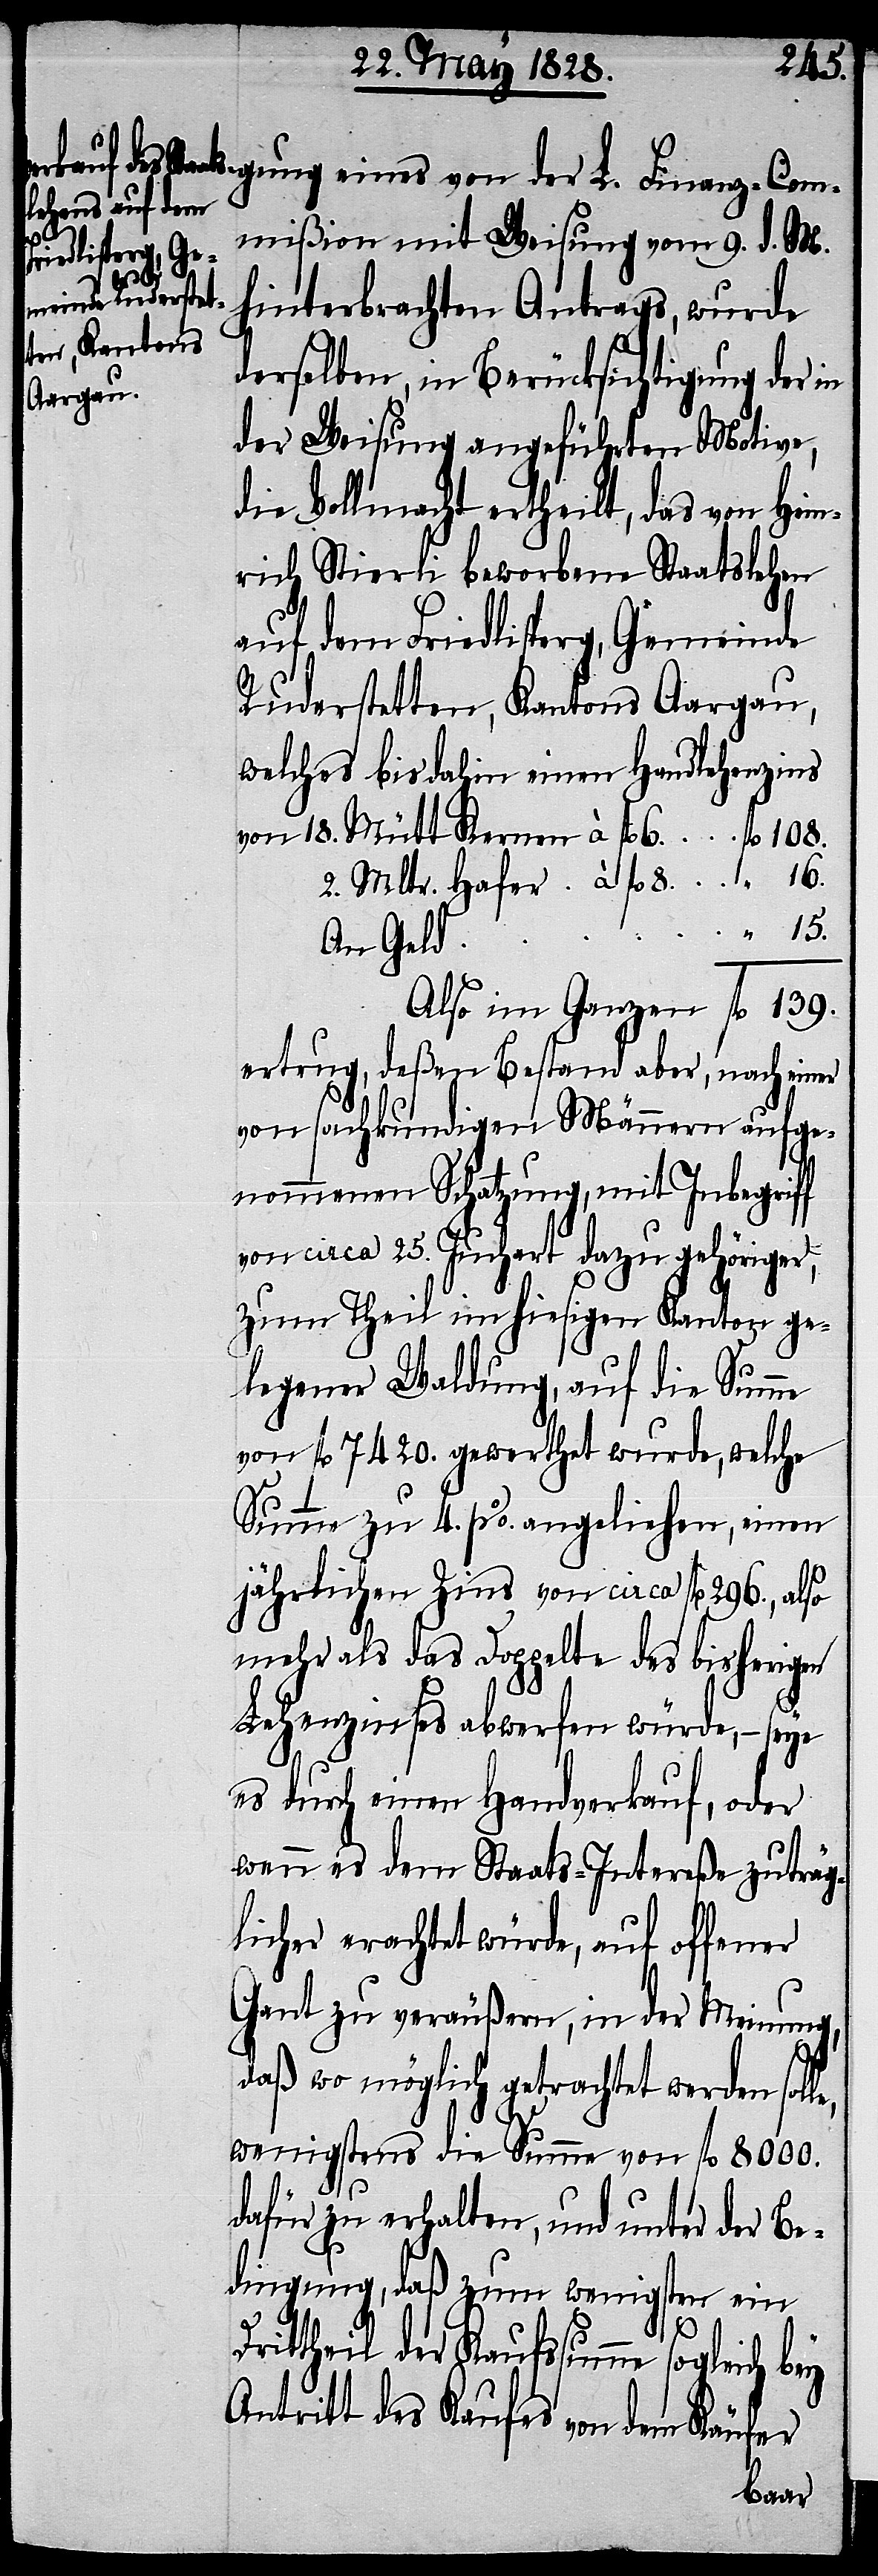
gung eines von der L. Finanz-Com¬
mißion mit Weisung vom 9. d. M.
hinterbrachten Antrags, wurde
derselben, in Berücksichtigung der in
der Weisung angeführten Motive,
die Vollmacht ertheilt, das von Hein¬
rich Stierli beworbene Staatslehen
auf dem Friedlisperg, Gemeinde
Ruderstetten, Kantons Aargau,
welches bis dahin einen Handlehenzins
2. Mltr. Hafer à. fl. 8.
An Geld
ertrug, deßen Bestand aber, nach einer
von sachkundigen Männern aufge¬
nommenen Schatzung, mit Inbegriff
von circa 25. Juchart dazu gehöriger,
zum Theil im hiesigen Kanton ge¬
legener Waldung, auf die Summe
von fl. 7420. gewerthet wurde, welche
Summe zu 4. % angeliehen, einen
jährlichen Zins von circa fl. 296., also
mehr als das Doppelte des bisherigen
Lehenzinses abwerfen würde, – seye
es durch einen Handverkauf, oder
wenn es dem Staats-Intereße zuträg¬
licher erachtet würde, auf offener
Gant zu veräußern, in der Meinung,
daß wo möglich getrachtet werden soll¬
wenigstens die Summe von fl. 8000.
dafür zu erhalten, und unter der Be¬
dingung, daß zum wenigstens ein
e,
Drittheil der Kaufssumme sogleich bey
Antritt des Kaufes von dem Käufer